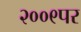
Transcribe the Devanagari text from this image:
२००९पर